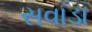
સવાડા